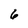
Character: 6